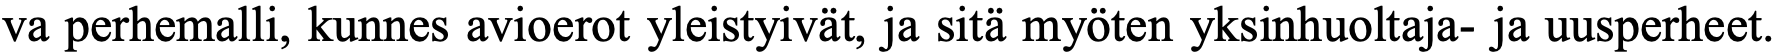
va perhemalli, kunnes avioerot yleistyivät, ja sitä myöten yksinhuoltaja- ja uusperheet.